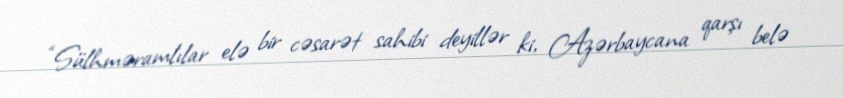
“Sülhməramlılar elə bir cəsarət sahibi deyillər ki, Azərbaycana qarşı belə